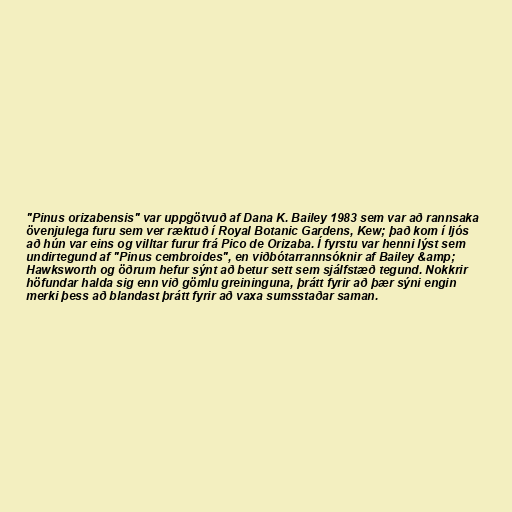
"Pinus orizabensis" var uppgötvuð af Dana K. Bailey 1983 sem var að rannsaka
övenjulega furu sem ver ræktuð í Royal Botanic Gardens, Kew; það kom í ljós
að hún var eins og villtar furur frá Pico de Orizaba. Í fyrstu var henni lýst sem
undirtegund af "Pinus cembroides", en viðbótarrannsóknir af Bailey &amp;
Hawksworth og öðrum hefur sýnt að betur sett sem sjálfstæð tegund. Nokkrir
höfundar halda sig enn við gömlu greininguna, þrátt fyrir að þær sýni engin
merki þess að blandast þrátt fyrir að vaxa sumsstaðar saman.